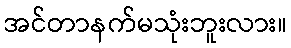
အင်တာနက်မသုံးဘူးလား။